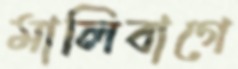
মালিবাগে